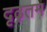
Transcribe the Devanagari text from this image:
दृढ़तम